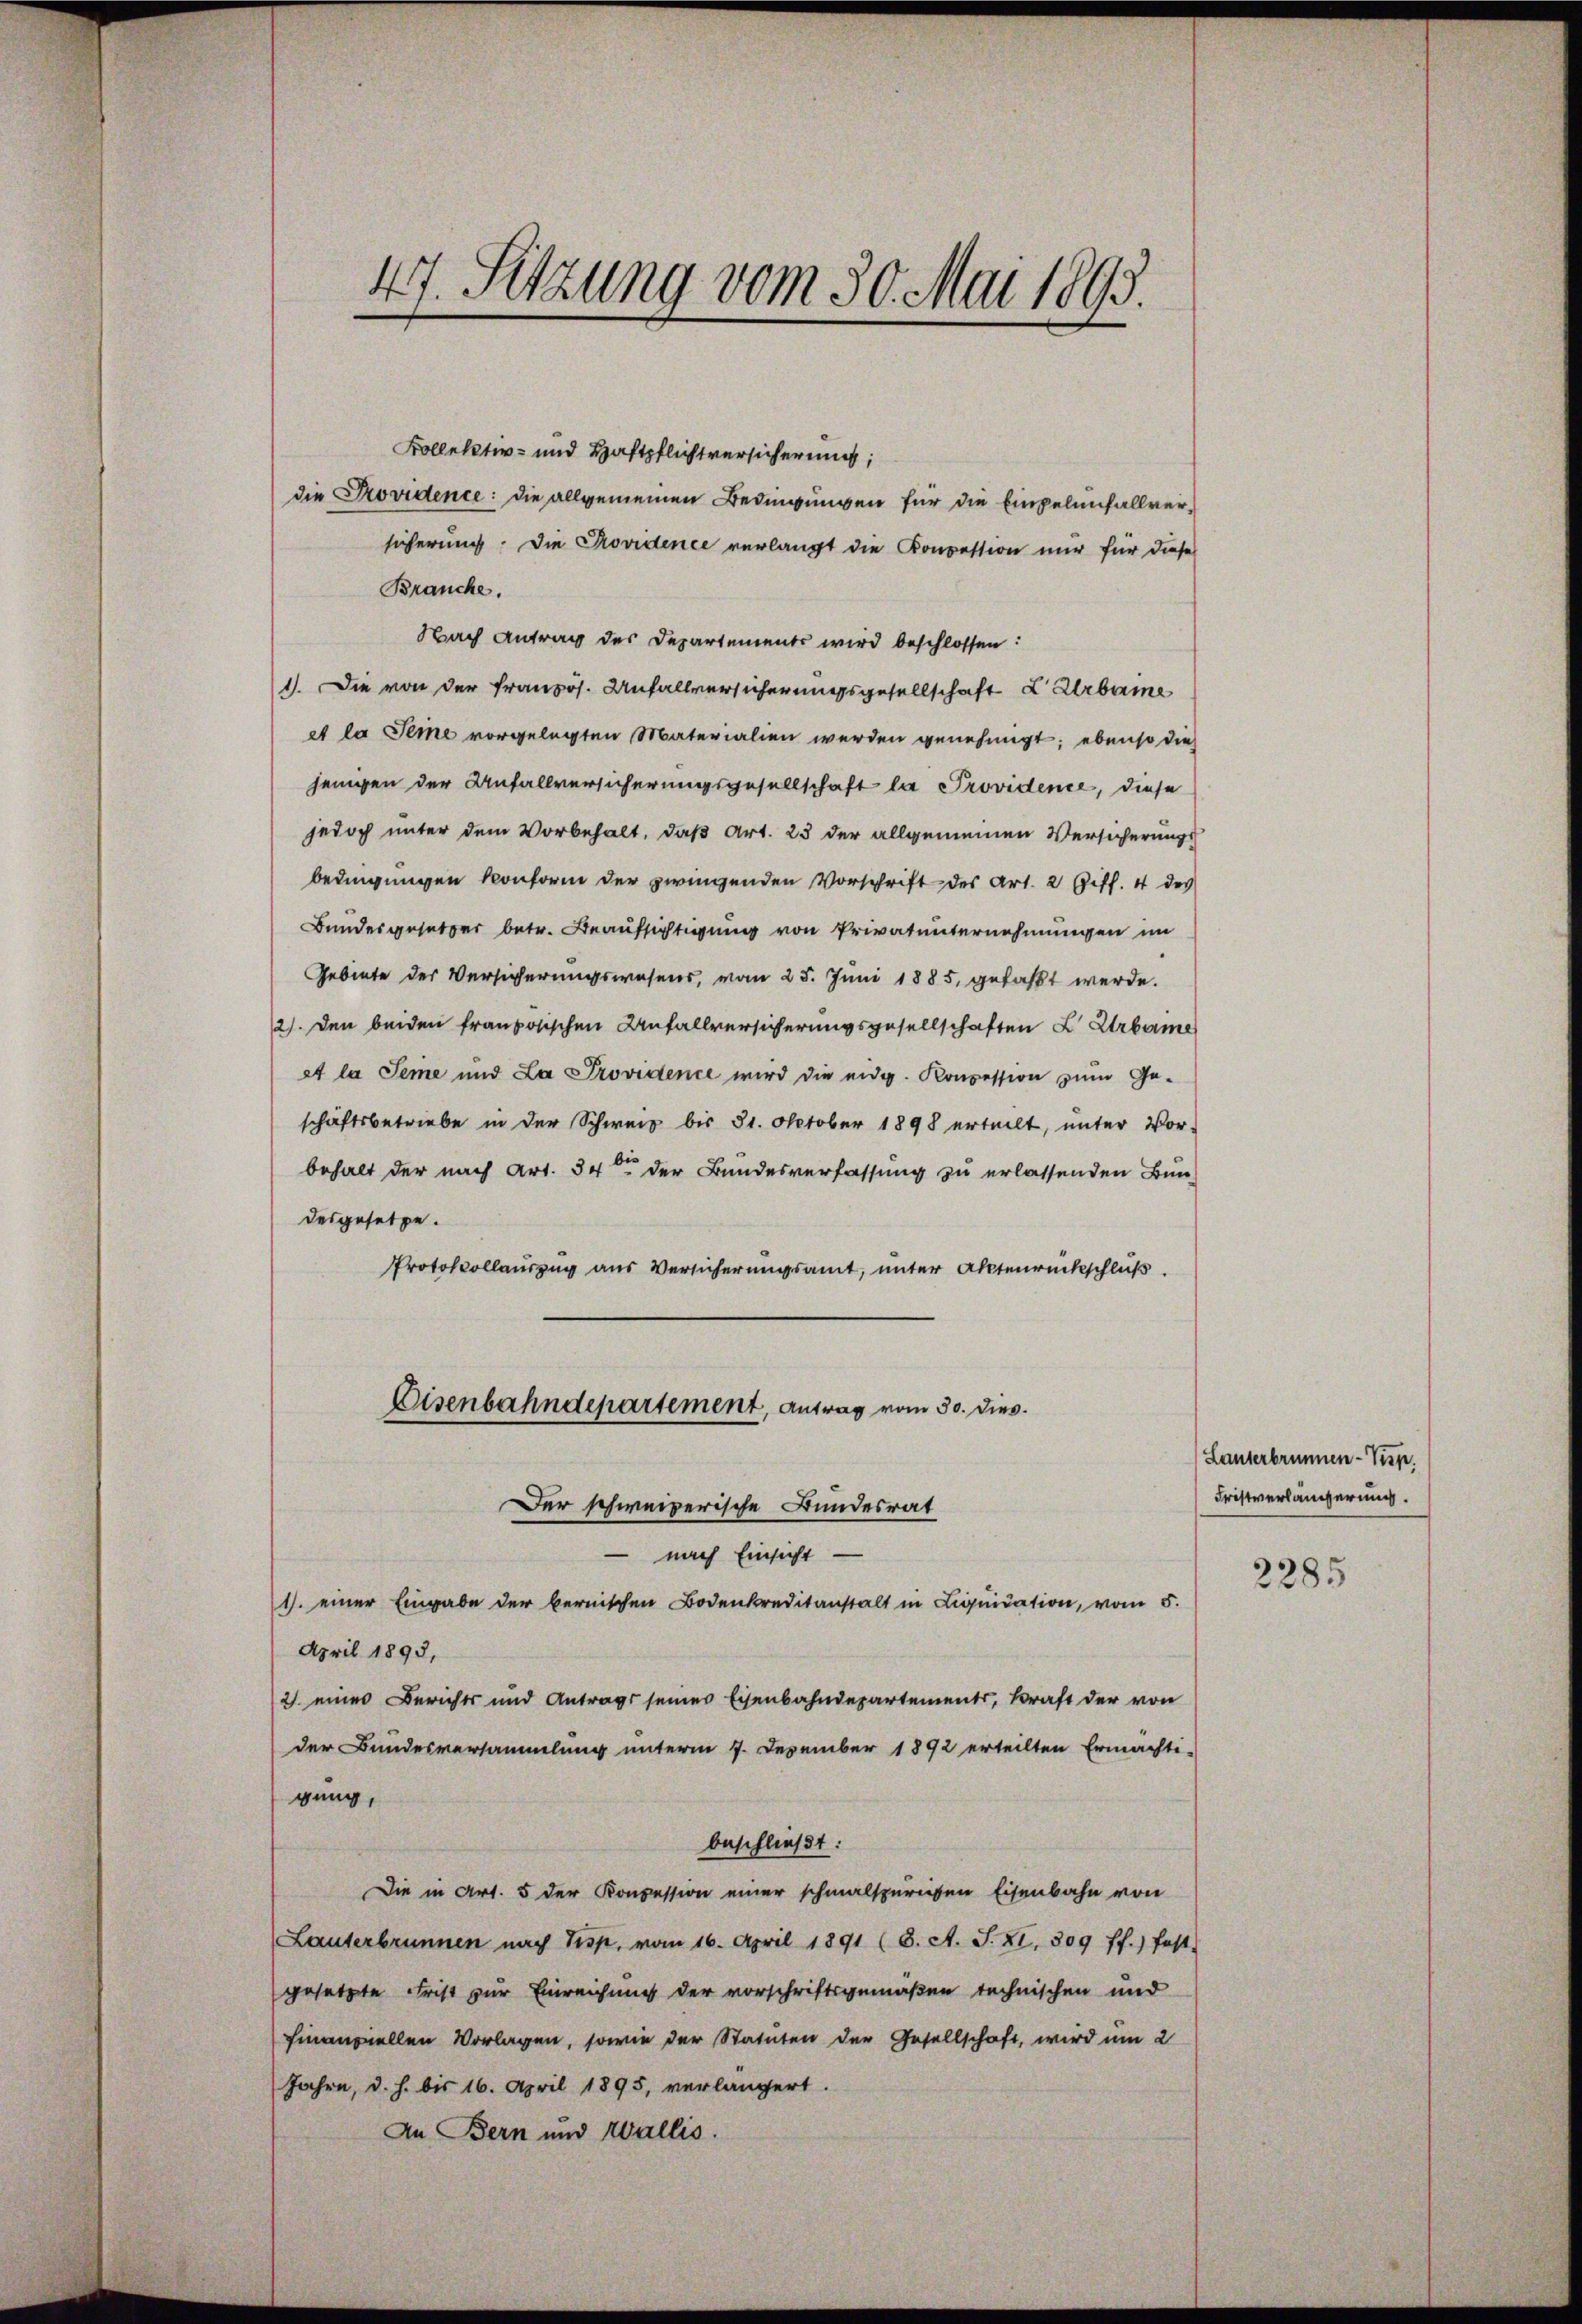
47. Sitzung vom 30. Mai 1893.

Kollektiv- und Haftpflichtversicherung,
die Providence: die allgemeinen Bedingungen für die Einpelunfallversicherung. Die Providence verlangt die Koncession mir für diese
Brauche.
Nach Antrag des Departements wird beschlossen:
1). Die von der Französ. Unfallversicherungsgesellschaft E Urbaine
et la Seine vorgelegten Materialien werden genehmigt; ebenso dies
jenigen der Anfallversicherungsgesellschaft la Providence, diese
jedoch unter dem Vorbehalt, daß Art. 23 der allgemeinen Versicherungs
bedingungen konform der zwingenden Vorschrift des Art. 2 Ziff. 4 des
Bundesgesetzer betr. Beaufsichtigung von Privatunternehmungen im
Gebiete des Versicherungswesens, vom 25. Juni 1885, gefaßt werde.
2). Den beiden französischen Anfallversicherungsgesellschaften L. Urbarme
et la Seme und La Providence wird die eidg. Konzession zum Ge-
schäftsbetriebe in der Schweiz bis 31. Oktober 1898 erteilt, unter Vor-
behalt der nach Art. 34ten der Bundesverfassung zu erlassenden Bun-
desgesetze.
Protokollauszug aus Versicherungsamt, unter Aktenrückschluß
Eisenbahndepartement, Antrag vom 30. dies.
Der schweizerische Bundesrat
 nach Einsicht
1. einer Eingabe der bernischen Bodenkreditanstalt in Liquidation, vom 5.
April 1893,
2. eines Berichts und Antrags seines Eisenbahndepartements, Kraft der von
der Bundesversammlung unterm 7. Dezember 1892 erteilten Ermächti-
gung,
beschließt:
Die in Art. 5 der Konzession einer schmalspurigen Eisenbahn von
Lauterbrunnen nach Tisp. vom 16. April 1891 (8. A. S. XI. 309 ff.) fest-
gesetzte Frist zur Einreichung der vorschriftsgemäßen technischen und
Finanziellen Vorlagen, sowie der Statuten der Gesellschaft, wird um 2
Jahre, d. h. bis 16. April 1895, verlängert.
In Bern und Wallis.

Lanterbrunnen-Sup.
Fristverlängerung.

2285